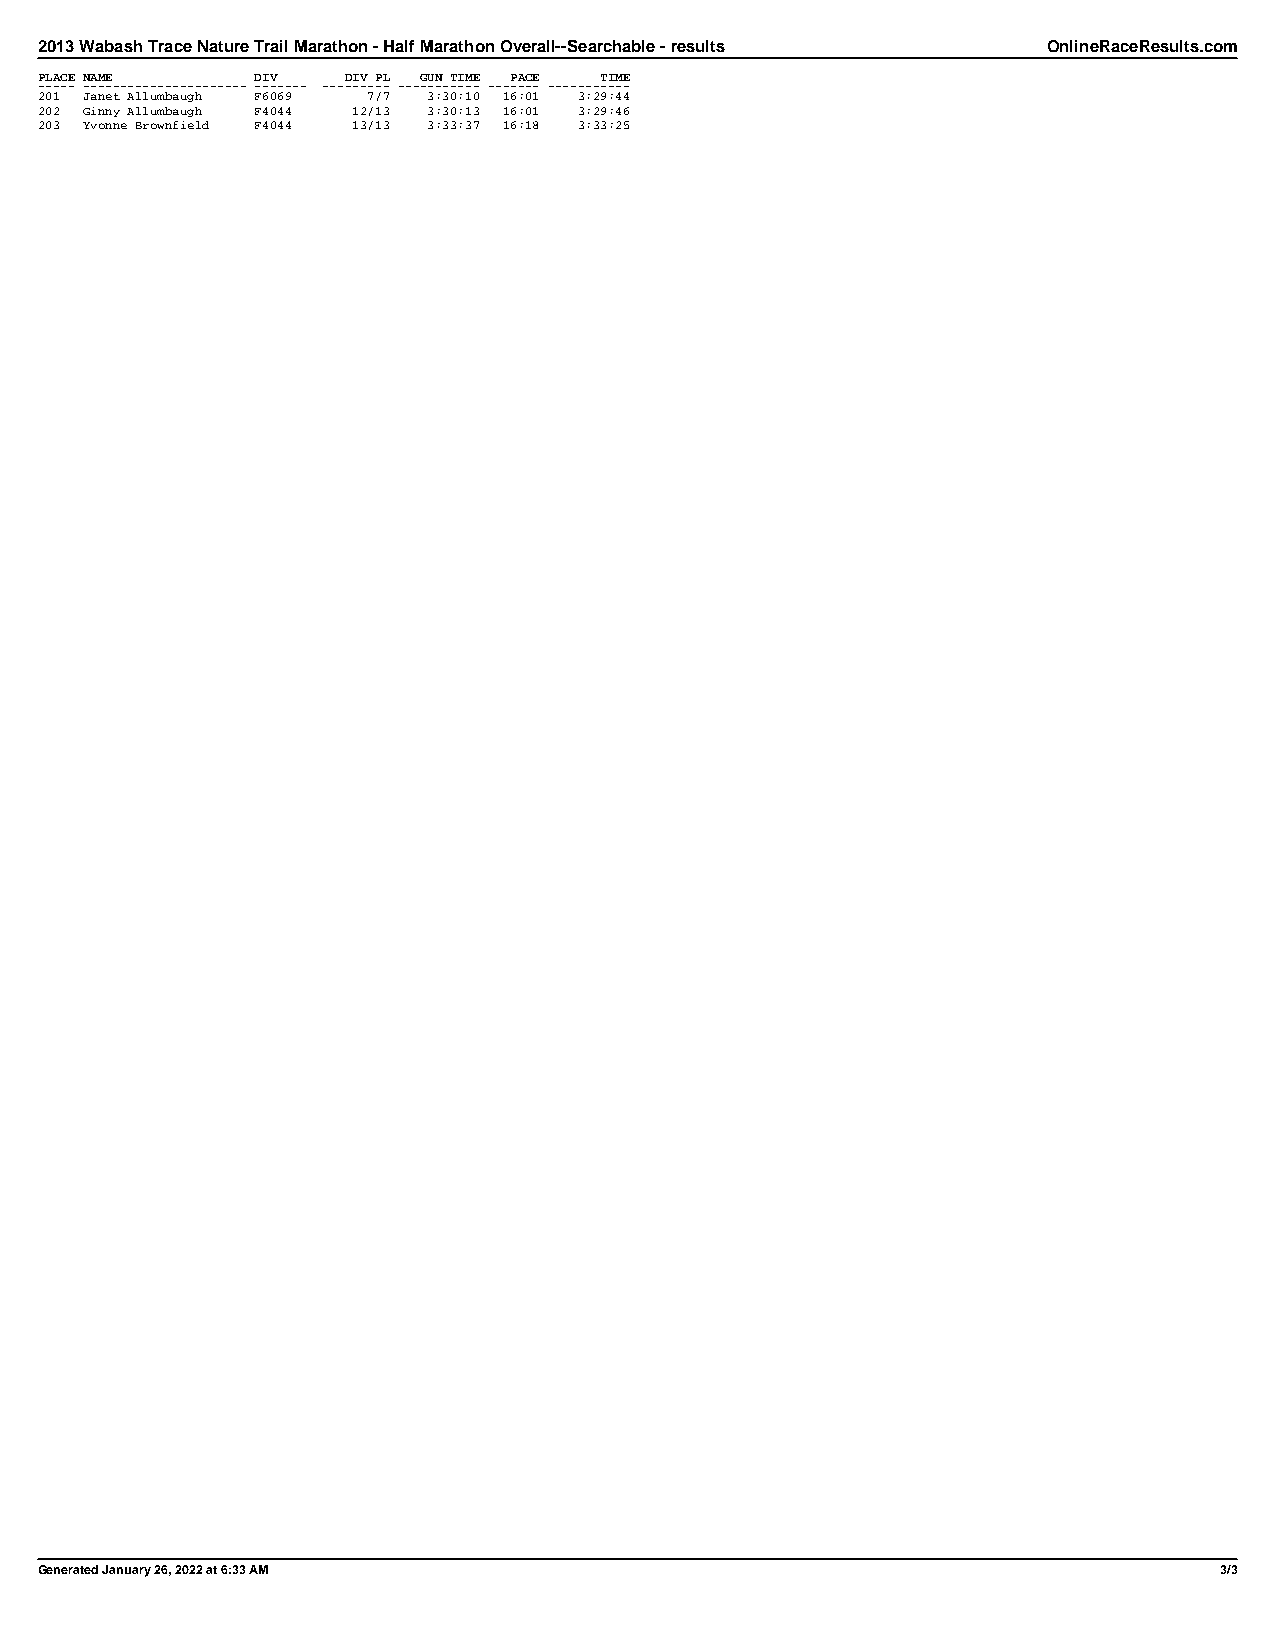
2013 Wabash Trace Nature Trail Marathon - Half Marathon Overall--Searchable - results OnlineRaceResults.com
 PLACE NAME     DIV   DIV PL GUN TIME PACE TIME
 ----- ---------------------- ------- --------- ----------- ------- -----------
 201 Janet Allumbaugh F6069 7/7 3:30:10 16:01 3:29:44
 202 Ginny Allumbaugh F4044 12/13 3:30:13 16:01 3:29:46
 203 Yvonne Brownfield F4044 13/13 3:33:37 16:18 3:33:25
 Generated January 26, 2022 at 6:33 AM                                          3/3